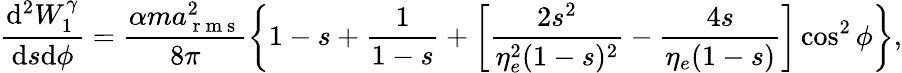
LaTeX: \frac{\mathrm{d}^{2}W_{1}^{\gamma}}{\mathrm{d}s\mathrm{d}\phi}=\frac{\alpha ma_{\mathrm{~r~m~s~}}^{2}}{8\pi}\left\{ 1-s+\frac{1}{1-s}+\left[\frac{2s^{2}}{\eta_{e}^{2}(1-s)^{2}}-\frac{4s}{\eta_{e}(1-s)}\right]\cos^{2}\phi\right\} ,